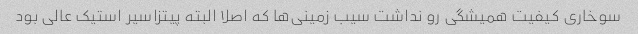
سوخاری کیفیت همیشگی رو نداشت سیب زمینی‌ها که اصلا البته پیتزاسیر استیک عالی بود